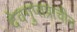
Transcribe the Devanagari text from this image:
देवगुप्तप्राचीन